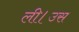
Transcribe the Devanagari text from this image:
ली।उस